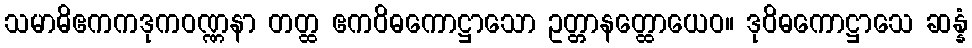
သမာဓိဧကကဒုကဝဏ္ဏနာ တတ္ထ ဧကဝိဓကောဋ္ဌာသော ဥတ္တာနတ္ထောယေဝ။ ဒုဝိဓကောဋ္ဌာသေ ဆန္နံ